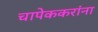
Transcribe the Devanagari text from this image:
चापेककरांना